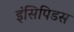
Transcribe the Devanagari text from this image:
इंसिपिडस